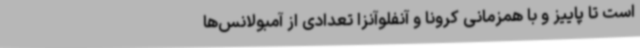
است تا پاییز و با همزمانی کرونا و آنفلوآنزا تعدادی از آمبولانس‌ها